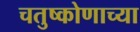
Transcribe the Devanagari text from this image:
चतुष्कोणाच्या